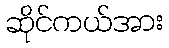
ဆိုင်ကယ်အား